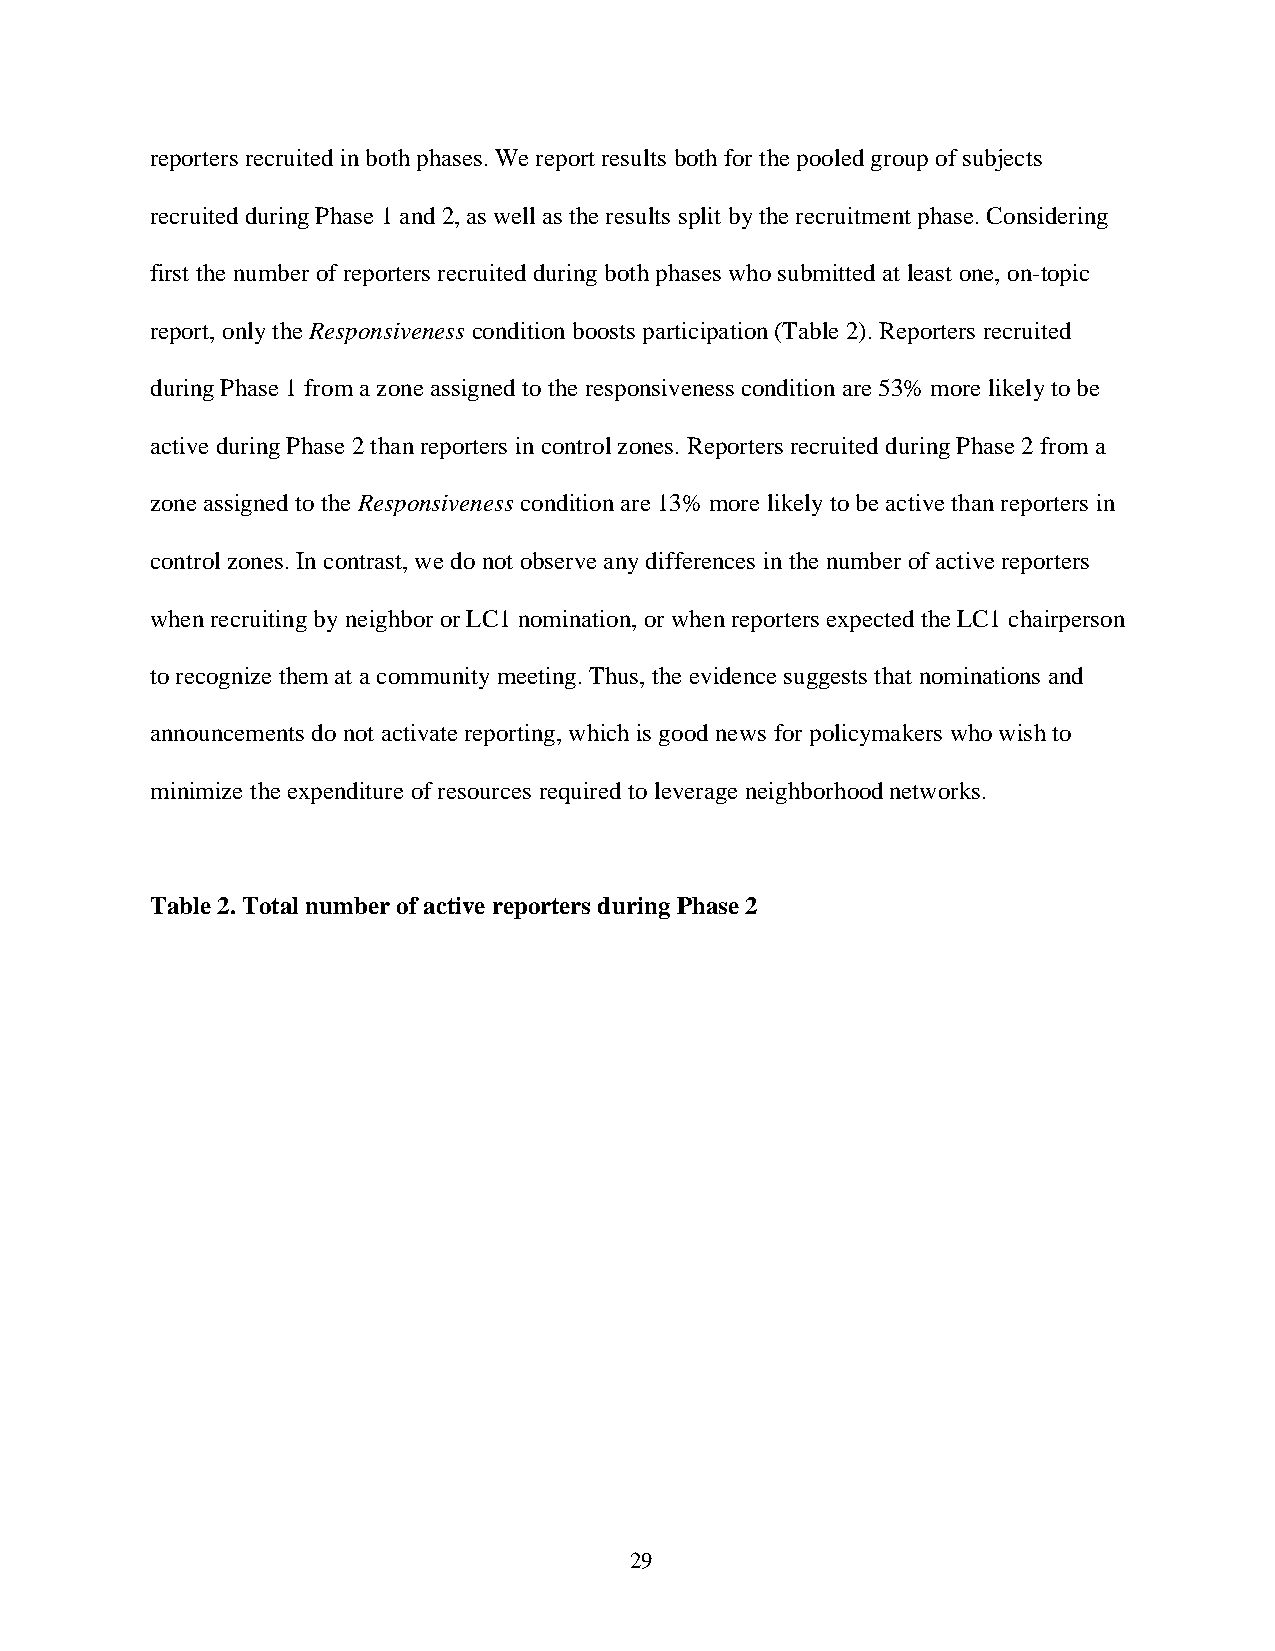
reporters recruited in both phases. We report results both for the pooled group of subjects
 recruited during Phase 1 and 2, as well as the results split by the recruitment phase. Considering
 first the number of reporters recruited during both phases who submitted at least one, on-topic
 report, only the Responsiveness condition boosts participation (Table 2). Reporters recruited
 during Phase 1 from a zone assigned to the responsiveness condition are 53% more likely to be
 active during Phase 2 than reporters in control zones. Reporters recruited during Phase 2 from a
 zone assigned to the Responsiveness condition are 13% more likely to be active than reporters in
 control zones. In contrast, we do not observe any differences in the number of active reporters
 when recruiting by neighbor or LC1 nomination, or when reporters expected the LC1 chairperson
 to recognize them at a community meeting. Thus, the evidence suggests that nominations and
 announcements do not activate reporting, which is good news for policymakers who wish to
 minimize the expenditure of resources required to leverage neighborhood networks.
 Table 2. Total number of active reporters during Phase 2
 29